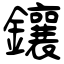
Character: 鑲